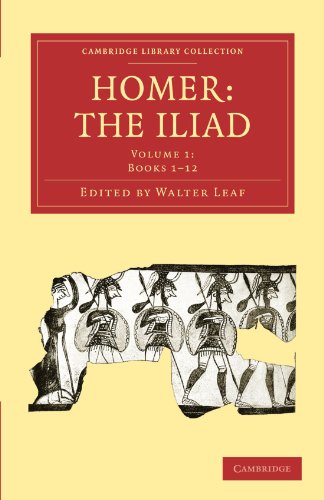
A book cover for Homer, the Iliad (Cambridge Library Collection - Classics); Literature & Fiction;